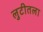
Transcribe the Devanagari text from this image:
लुटीतला